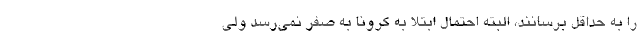
را به حداقل برسانند، البته احتمال ابتلا به کرونا به صفر نمی‌رسد ولی